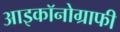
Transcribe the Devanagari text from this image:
आइकॉनोग्राफी